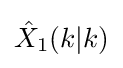
{\hat {X}}_{1}(k|k)